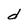
Character: d